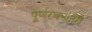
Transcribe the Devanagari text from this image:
पूर्णरचनांतरी